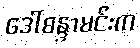
ဒေါ်စန္ဒာမင်းက